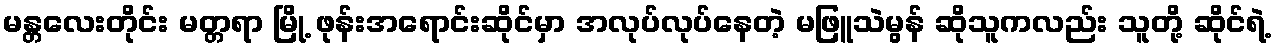
မန္တလေးတိုင်း မတ္တရာ မြို့ ဖုန်းအရောင်းဆိုင်မှာ အလုပ်လုပ်နေတဲ့ မဖြူသဲမွန် ဆိုသူကလည်း သူတို့ ဆိုင်ရဲ့